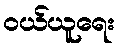
ဝယ်ယူရေး